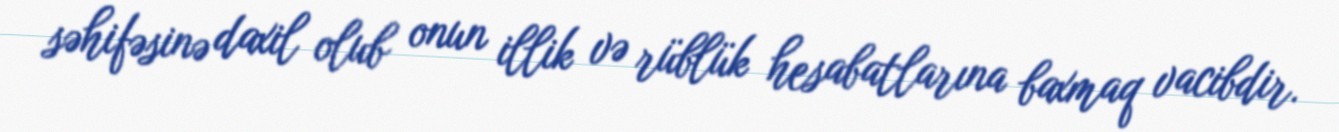
səhifəsinə daxil olub onun illik və rüblük hesabatlarına baxmaq vacibdir.